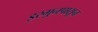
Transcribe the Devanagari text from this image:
इरगुनपासून